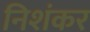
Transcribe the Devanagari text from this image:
निशंकर